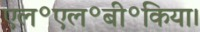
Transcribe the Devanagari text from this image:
एल॰एल॰बी॰किया।